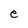
Character: e